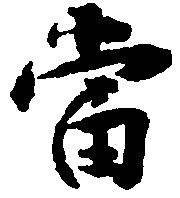
当